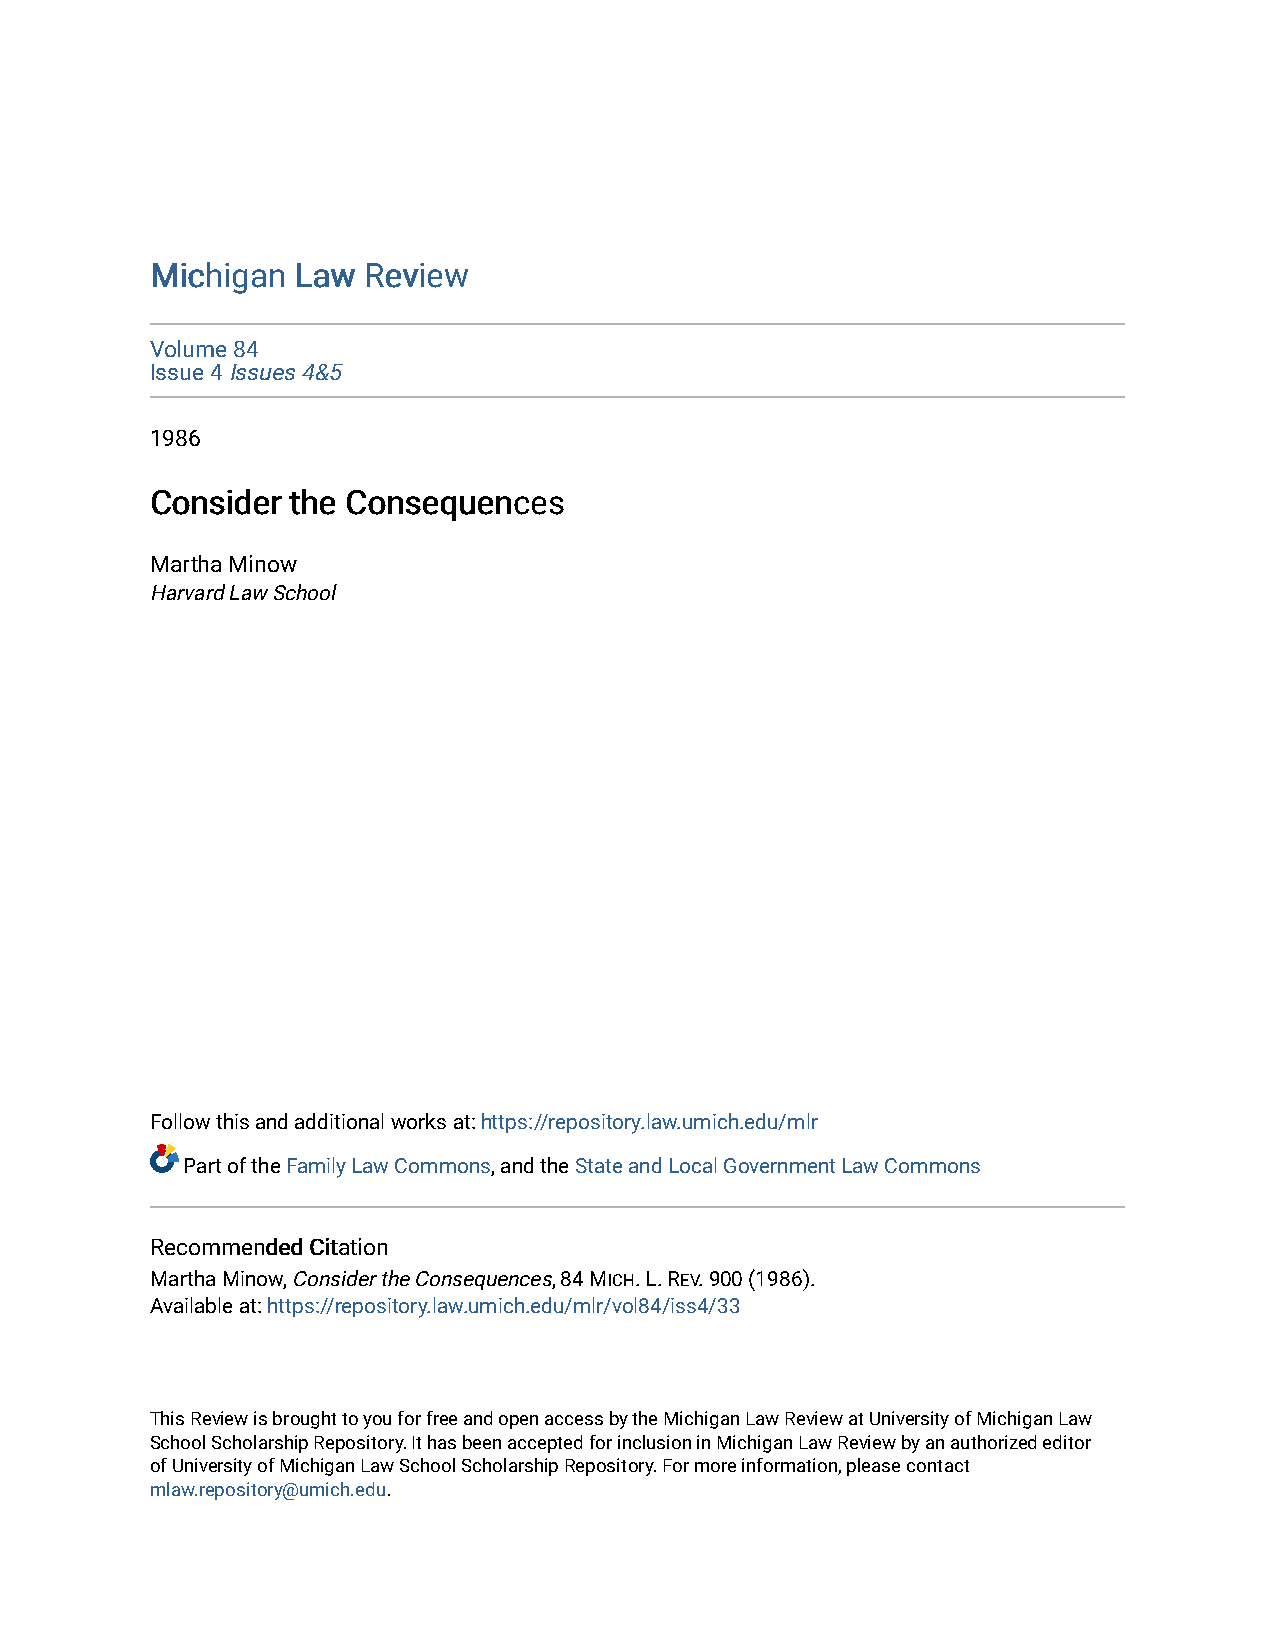
MMiicchhiiggaann LLaaww RReevviieeww
 Volume 84
 Issue 4 Issues 4&5
 1986
 CCoonnssiiddeerr tthhee CCoonnsseeqquueenncceess
 Martha Minow
 Harvard Law School
 Follow this and additional works at: https://repository.law.umich.edu/mlr
 Part of the Family Law Commons, and the State and Local Government Law Commons
 RReeccoommmmeennddeedd CCiittaattiioonn
 Martha Minow, Consider the Consequences, 84 MICH. L. REV. 900 (1986).
 Available at: https://repository.law.umich.edu/mlr/vol84/iss4/33
 This Review is brought to you for free and open access by the Michigan Law Review at University of Michigan Law
 School Scholarship Repository. It has been accepted for inclusion in Michigan Law Review by an authorized editor
 of University of Michigan Law School Scholarship Repository. For more information, please contact
 mlaw.repository@umich.edu.